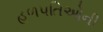
હળપતિઓની